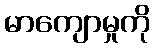
မာကျောမှုကို